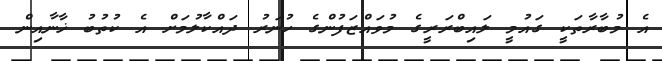
އެ މުބާރާތަކީ ގައުމީ ލައިބްރަރީގެ މުވައްޒަފުންގެ ހުނަރު ދައްކާލުމަށް އެ ކުތުބު ޚާނާއިން